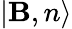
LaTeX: |\mathbf{B},n\rangle